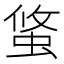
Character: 𧌁